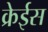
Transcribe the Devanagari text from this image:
क्रेईस